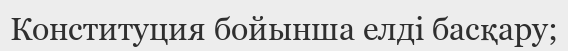
Конституция бойынша елді басқару;